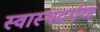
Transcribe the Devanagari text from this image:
स्वास्थदर्पण